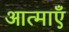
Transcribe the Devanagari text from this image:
आत्‍माएँ